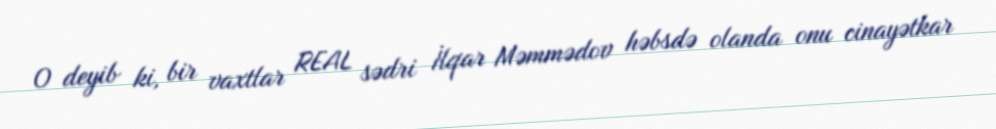
O deyib ki, bir vaxtlar REAL sədri İlqar Məmmədov həbsdə olanda onu cinayətkar